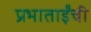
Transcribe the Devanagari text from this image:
प्रभाताईंची